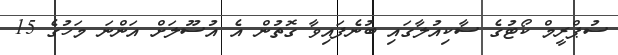
ސުޕްރީމް ކޯޓުގެ ސާކިއުލާގައި ބުނެފައިވާ ގޮތުން އެ އުސޫލަށް އަންނަ މަހުގެ 15